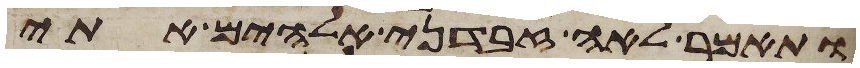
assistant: ותאמר לאה זבדני אלהים אתי